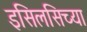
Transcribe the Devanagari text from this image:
इसिलसिच्या